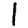
Digit: 1